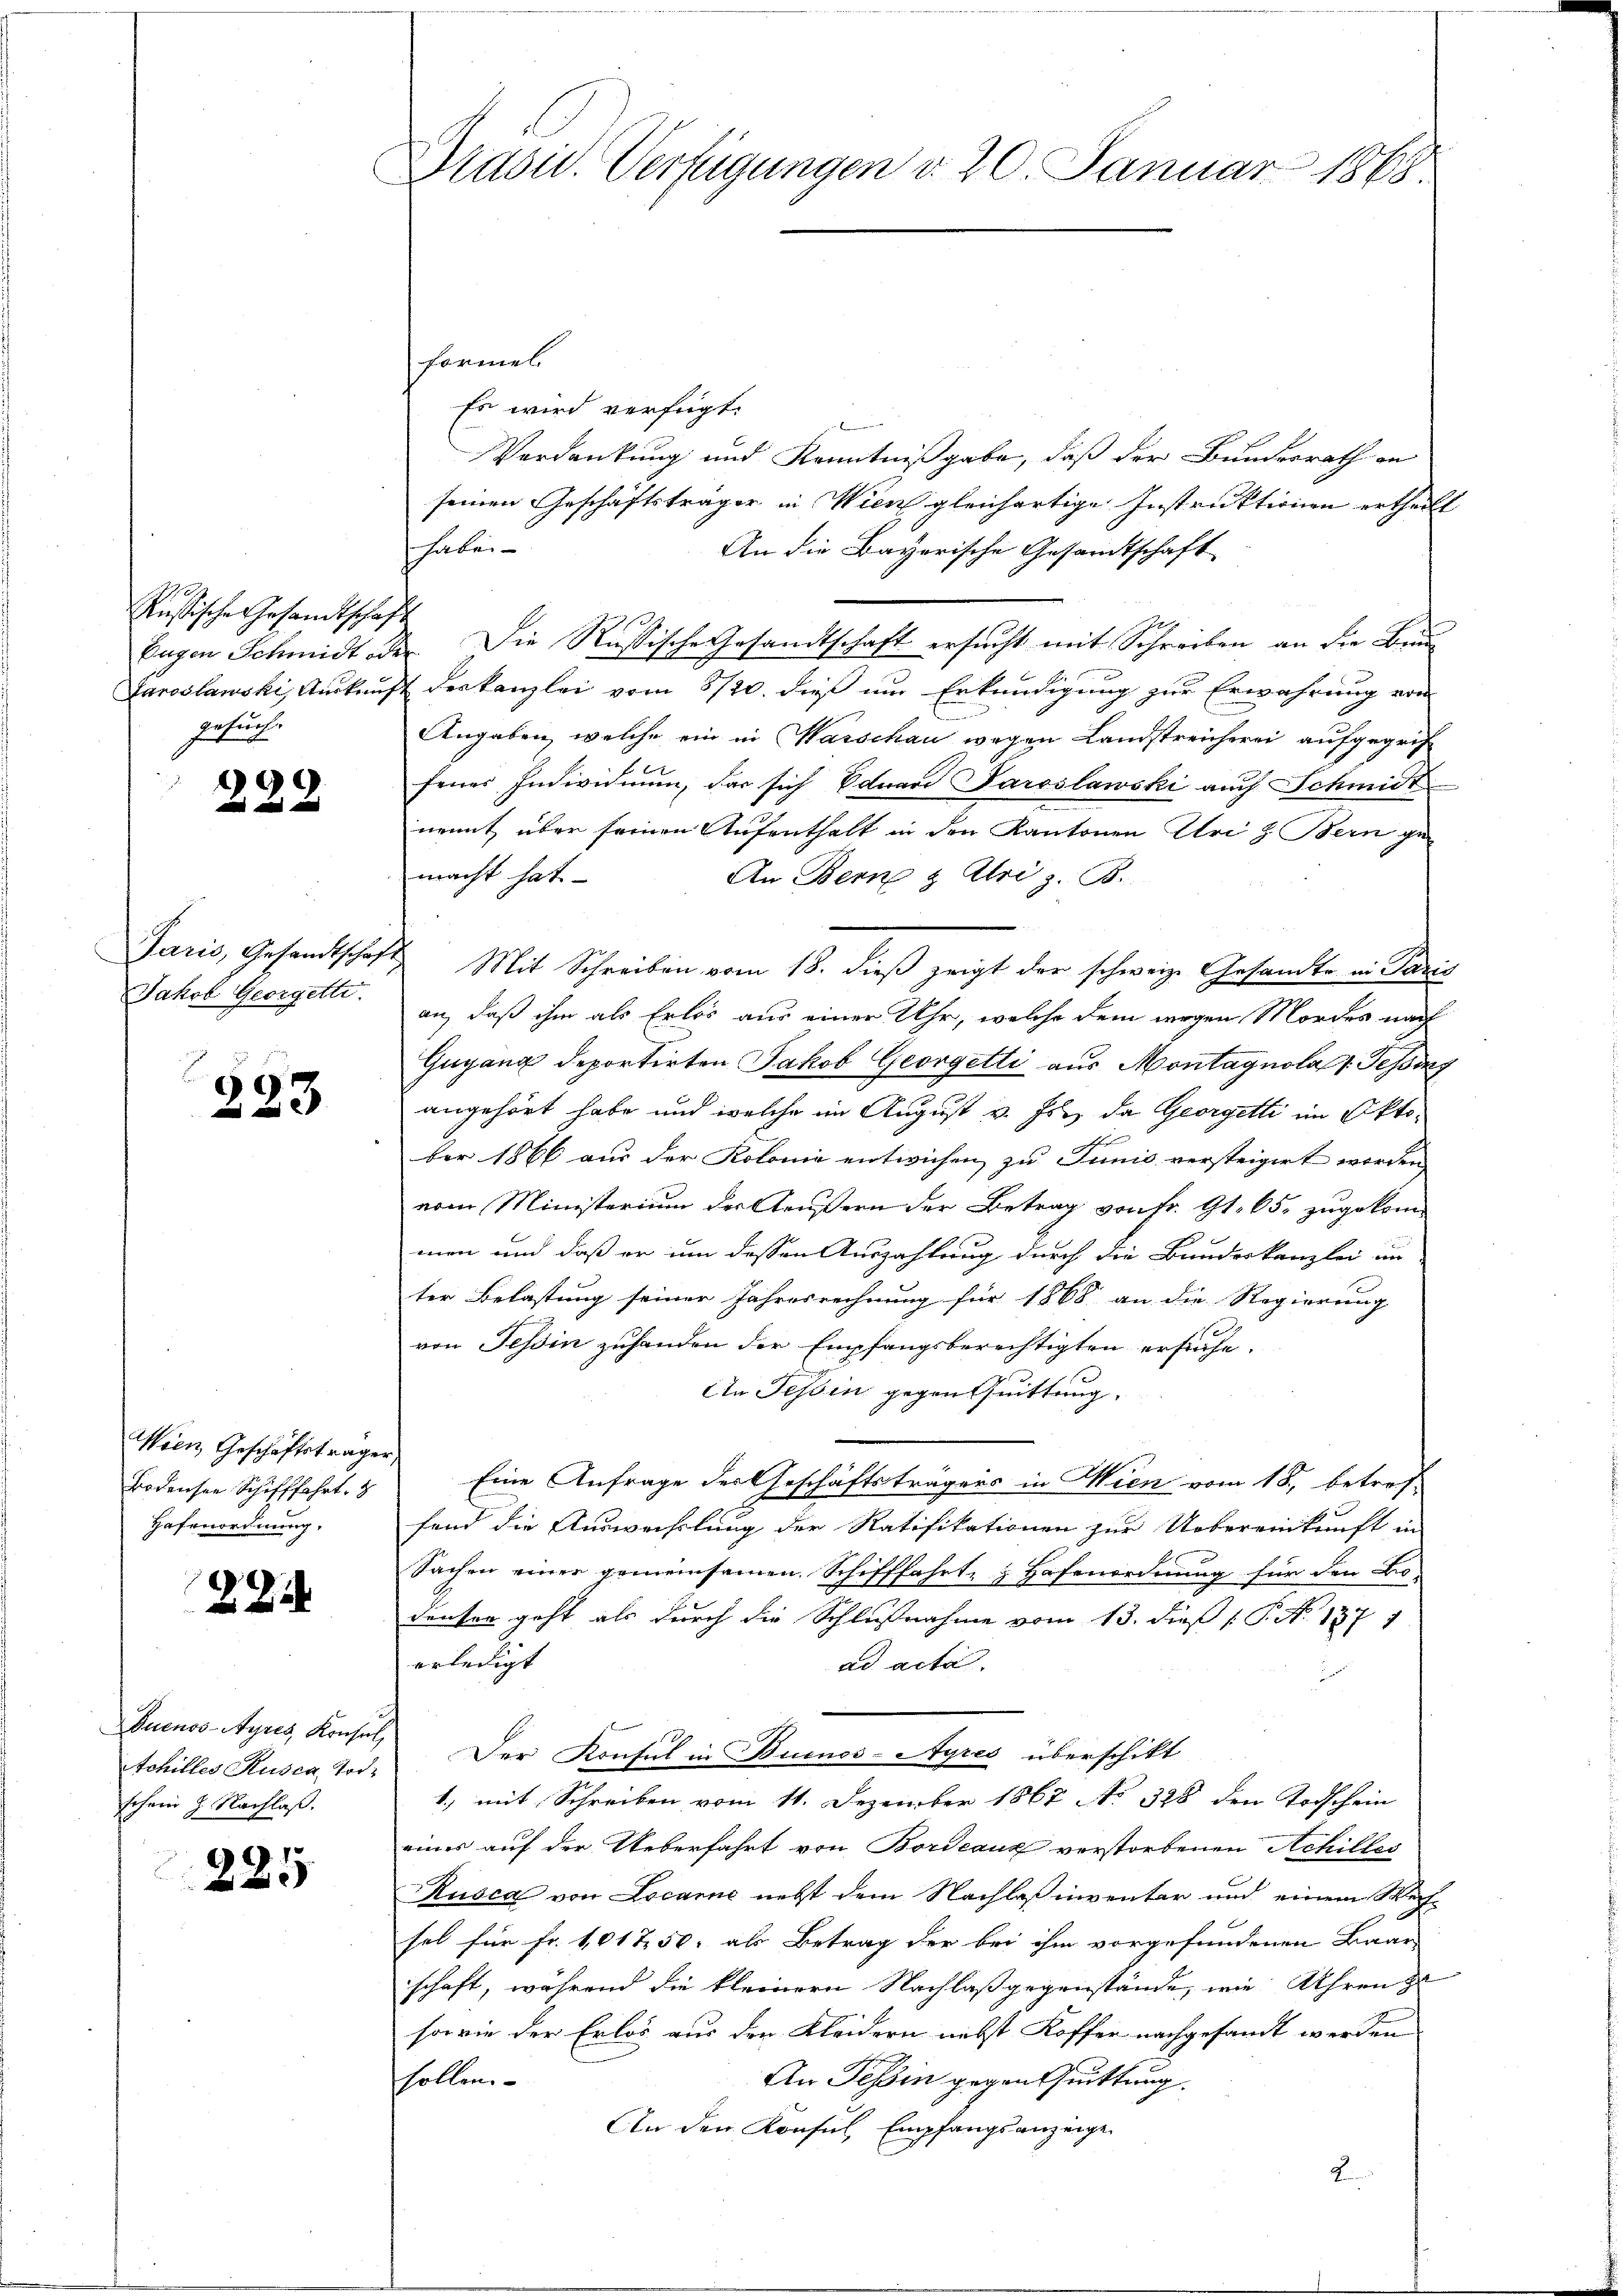
Russische Gesandtschaft
Paroslanski, Auskauf
zeuch

29

Paris, Gesandtschaft
Jakob Georgelte.

223

Wien Geschäftsträger
Bodensee Schifffahrt. 8
Hafenordnung.

2

Duenos-Ayres, Konsul
Achilles Rusca, Torschon 7. Nachlaß.

225

Präsid. Verfügungen d. 20. Januar 1868.

formel
Es wird verfügt:

Verdankung und Kenntnißgabe, daß der Bundesrath in
seinen Geschäftsträger in Wien gleichartige Instruktionen ertheilt
habe.
An die Bayerische Gesamtschaft
Eugen Schmidt oder Die Russische Gesandtschaft ersucht mit Schreiben an die Bund
deskanzlei vom 8/20. dieß um Erkundigung zur Erwährung von
Angaben, welche ein in Warschau wegen Landstreicherei aufgegrif
 f 6 x
fener Individuum, das sich Eduard Paroslawski auch Schmidt
nemnt über seinen Aufenthalt in den Kantonen Uri z. Bern ge-
macht hat.
An Bern & Uri z. B.
Mit Schreiben vom 18. dieß zeigt der schweize Gesandte in Paris
an, daß ihm als Erlös aus einer Uhr, welche dem wegen Mordes nach
Gugang deportirten Jakob Georgetti aus Montagnola : Tessing
angehört habe und welche im August v. Js. da Georgetti im Oktober 1866 aus der Kolonie entwichen zu Junis versteigert worden
vom Ministerium der Aeußern der Betrag von Fr. 91. 65. zugekommen und daß er um dessen Auszahlung durch die Bundeskanzlei un
ter Belastung seiner Jahresrechnung für 1868 an die Regierung
von Tessin zuhanden der Empfangsberechtigten ersuche.
An Tessin gegen Quittung.
Eine Anfrage der Geschäftsträgers in Wien vom 18., betreffand die Auswechslung der Ratifikationen zur Uebereinkunft in
Sachen einer gemeinsamen. Schifffahrt & Hafenordnung für den Bro-
denten geht als durch die Schlußnahme vom 13. dieß P. P. N. 1377
erledigt
ad acta
Der Konsul in Buenos-Ayres überschikt
1.) mit Schreiben vom 11. Dezember 1867 No 328 den Todschein
eines auf der Ueberfahrt von Bordeaux verstorbenen Achilles
Rusca von Locarne nebst dem Nachlaß inventar und einem Wech-
sel für Fr. 1017 50. als Betrag der bei ihm vorgefundenen Baar
schaft, während die kleinern Nachlaß gegenstände, wie Uhren zu
sowie der Erlös aus den Kleidern nebst Koffer nachgesandt werden
An Tessin gegen Quittung.
sollen.
An den Konsul, Empfangsanzeige
2